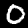
Digit: 0